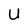
Character: U